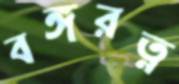
বঙ্গরত্ন